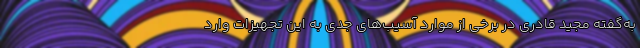
به‌گفته مجید قادری در برخی از موارد آسیب‌های جدی به این تجهیزات وارد